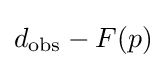
d_{\text{obs}}-F(p)